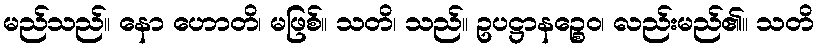
မည်သည်။ နော ဟောတိ၊ မဖြစ်။ သတိ၊ သည်။ ဥပဋ္ဌာနဉ္စေဝ၊ လည်းမည်၏။ သတိ